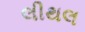
લીથલ